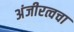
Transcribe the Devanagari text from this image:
अंजीरत्वचा